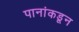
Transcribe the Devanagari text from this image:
पानांकडून